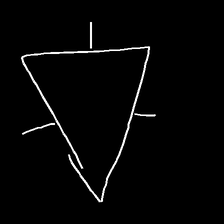
Glyph: fire